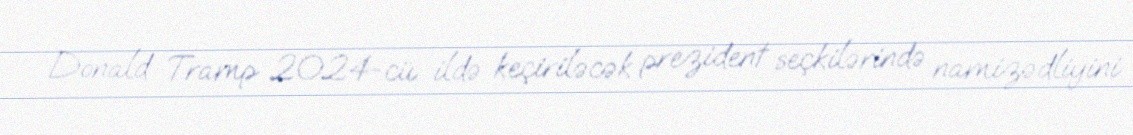
Donald Tramp 2024-cü ildə keçiriləcək prezident seçkilərində namizədliyini